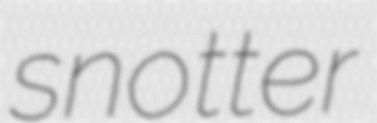
snotter